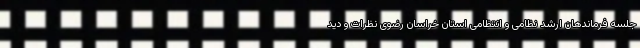
جلسه فرماندهان ارشد نظامی و انتظامی استان خراسان رضوی نظرات و دید